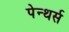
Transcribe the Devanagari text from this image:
पेन्थर्स